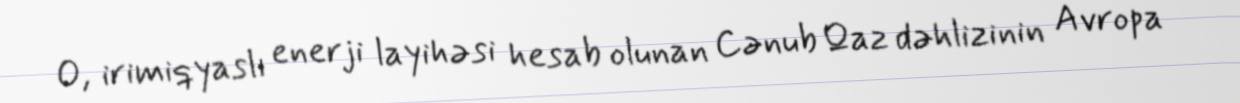
O, irimiqyaslı enerji layihəsi hesab olunan Cənub Qaz dəhlizinin Avropa